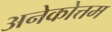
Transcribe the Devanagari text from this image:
अनेकोत्तम